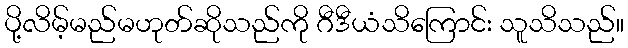
ပို့လိမ့်မည်မဟုတ်ဆိုသည်ကို ဂီဒီယံသိကြောင်း သူသိသည်။